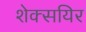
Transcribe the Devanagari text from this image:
शेक्सयिर